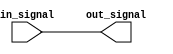
module active_high_buffer(
    input wire in_signal,
    output reg out_signal
);

always @(*)
begin
    out_signal = in_signal;
end

endmodule